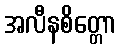
အလီနစိတ္တော